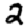
Digit: 2